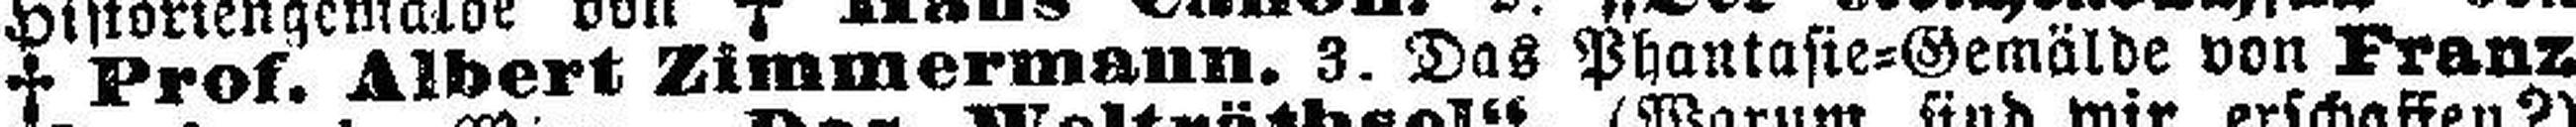
† Prof. Albert Zimmermann. 3. Das Phantasie=Gemälde von Franz